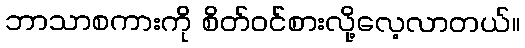
ဘာသာစကားကို စိတ်ဝင်စားလို့လေ့လာတယ်။